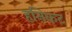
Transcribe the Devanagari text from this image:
हनिकट